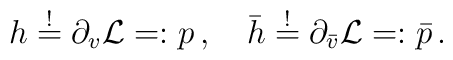
h \stackrel{!}{=} \partial_v {\cal L}=:p\,,\quad \bar{h} \stackrel{!}{=} \partial_{\bar{v}} {\cal L}=:\bar{p}\,.